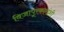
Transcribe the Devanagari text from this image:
विजापूरकारांशी